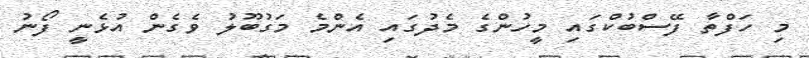
މި ހަފްތާ ފޭސްބުކްގައި މީހުންގެ މެދުގައި އެންމެ މަގުބޫލު ވެގެން އުޅެނީ ފޯނު